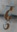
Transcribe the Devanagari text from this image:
द्रु